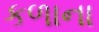
કળાના